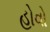
હોવો